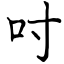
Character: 吋